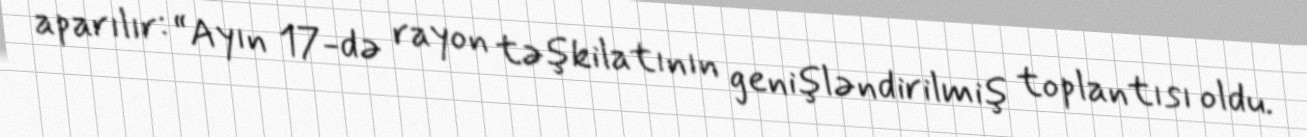
aparılır: “Ayın 17-də rayon təşkilatının genişləndirilmiş toplantısı oldu.